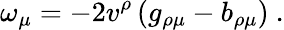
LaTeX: \omega_{\mu}=-2v^{\rho}\left(g_{\rho\mu}-b_{\rho\mu}\right)\ .